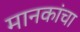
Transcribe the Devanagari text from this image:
मानकांचा